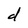
Character: d